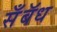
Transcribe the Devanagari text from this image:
सॅँबॅध